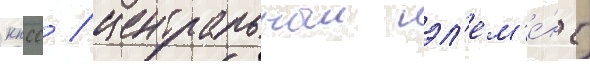
кпсс / центральныи эл'ем'е́нт